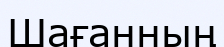
Шағанның